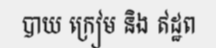
បាយ ក្រៀម និង ឥដ្ឋព